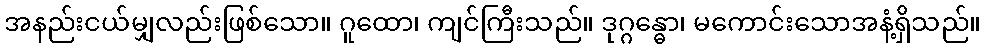
အနည်းငယ်မျှလည်းဖြစ်သော။ ဂူထော၊ ကျင်ကြီးသည်။ ဒုဂ္ဂန္ဓော၊ မကောင်းသောအနံ့ရှိသည်။